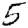
Digit: 5